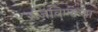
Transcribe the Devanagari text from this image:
रुजविणाऱ्या